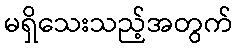
မရှိသေးသည့်အတွက်